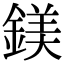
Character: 鎂